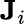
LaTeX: \mathbf{J}_{i}